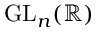
{ \mathrm { G L } } _ { n } ( \mathbb { R } )